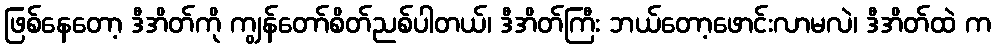
ဖြစ်နေတော့ ဒီအိတ်ကို ကျွန်တော်စိတ်ညစ်ပါတယ်၊ ဒီအိတ်ကြီး ဘယ်တော့ဖောင်းလာမလဲ၊ ဒီအိတ်ထဲ က